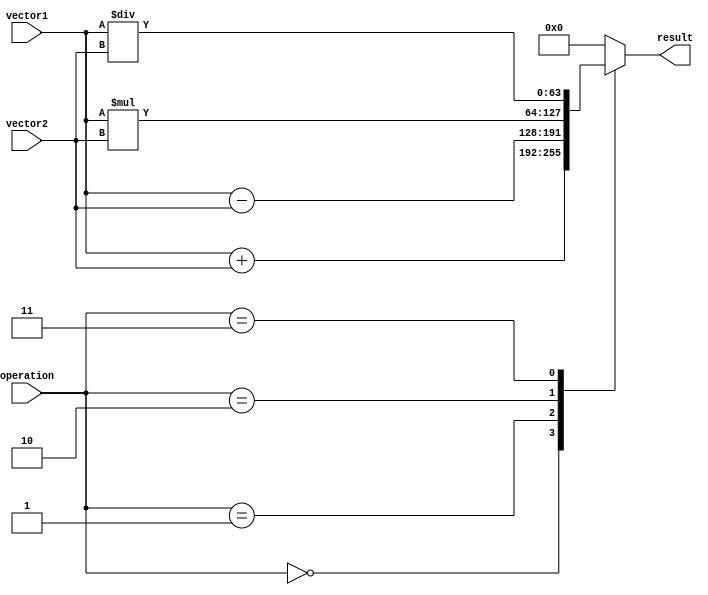
module VectorALU (
    input [63:0] vector1,
    input [63:0] vector2,
    input [2:0] operation,
    output [63:0] result
);

reg [63:0] temp_result;

always @(vector1, vector2, operation) begin
    case(operation)
        3'b000: temp_result = vector1 + vector2; // Addition operation
        3'b001: temp_result = vector1 - vector2; // Subtraction operation
        3'b010: temp_result = vector1 * vector2; // Multiplication operation
        3'b011: temp_result = vector1 / vector2; // Division operation
        default: temp_result = 64'h0; // Default case for invalid operation
    endcase
end

assign result = temp_result;

endmodule